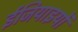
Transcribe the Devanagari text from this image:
ईजियाइयों